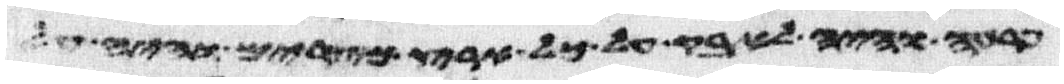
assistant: פרעה והיה לאבק על כל ארץ מצרים והיה על